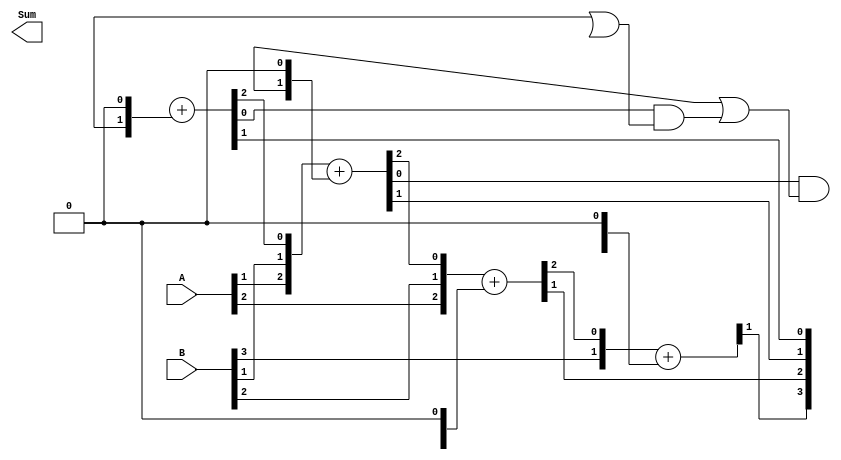
module BrentKungAdder (
    input wire [N-1:0] A,
    input wire [N-1:0] B,
    output wire [N:0] Sum
);

parameter N = 4;
wire [N:0] P, G;
wire [N-1:0] C, S;

generate
    genvar i;
    for (i = 0; i < N; i = i + 1) begin : BRENT_KUNG_STAGE
        wire [2:0] X, Y;
        wire [2:0] C_;

        assign X = {A[i], B[i], C[i]};
        assign Y = {G[i], P[i], 1'b0};
        assign C_ = X + Y;

        assign G[i+1] = C_[0] & (P[i] | G[i]);
        assign S[i] = C_[1];
        assign C[i+1] = C_[2];
    end
endgenerate

assign Sum = {C[N], S};

endmodule